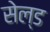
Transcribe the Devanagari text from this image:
सेल्ड